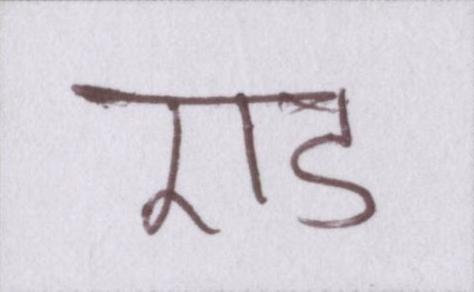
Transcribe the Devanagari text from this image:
एड